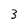
Character: 3